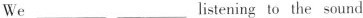
We ___ ___ listening to the sound